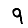
Digit: 9